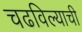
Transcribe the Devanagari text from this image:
चढविल्याची